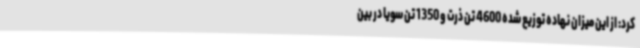
کرد: از این میزان نهاده توزیع شده 4600 تن ذرت و 1350 تن سویا در بین